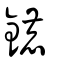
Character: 鏕